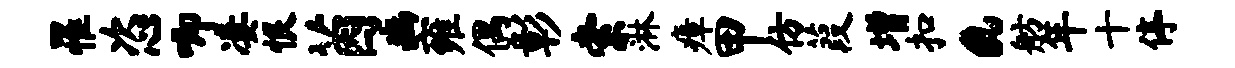
罹恣唧凄恨茵豳雍偶彰索淋瘴甲仿葭增扣a舫年十停